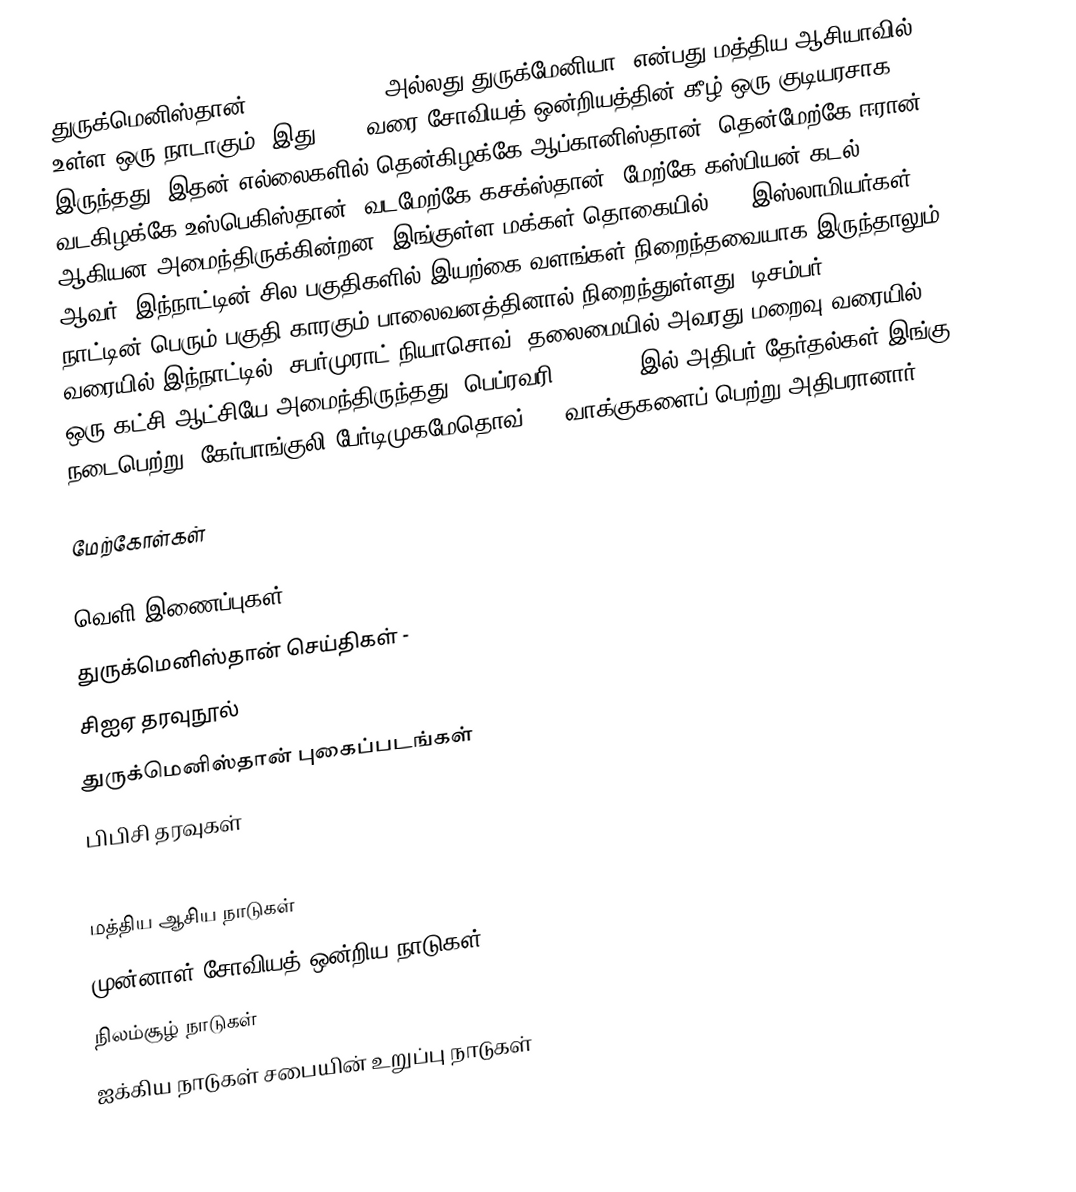
துருக்மெனிஸ்தான் (Turkmenistan) அல்லது துருக்மேனியா) என்பது மத்திய ஆசியாவில் உள்ள ஒரு நாடாகும். இது 1991 வரை சோவியத் ஒன்றியத்தின் கீழ் ஒரு குடியரசாக இருந்தது. இதன் எல்லைகளில் தென்கிழக்கே ஆப்கானிஸ்தான், தென்மேற்கே ஈரான், வடகிழக்கே உஸ்பெகிஸ்தான், வடமேற்கே கசக்ஸ்தான், மேற்கே கஸ்பியன் கடல் ஆகியன அமைந்திருக்கின்றன. இங்குள்ள மக்கள் தொகையில்  87% இஸ்லாமியர்கள் ஆவர். இந்நாட்டின் சில பகுதிகளில் இயற்கை வளங்கள் நிறைந்தவையாக இருந்தாலும், நாட்டின் பெரும் பகுதி காரகும் பாலைவனத்தினால் நிறைந்துள்ளது. டிசம்பர் 21, 2006 வரையில் இந்நாட்டில் "சபர்முராட் நியாசொவ்" தலைமையில் அவரது மறைவு வரையில் ஒரு-கட்சி ஆட்சியே அமைந்திருந்தது. பெப்ரவரி 11, 2007 இல் அதிபர் தேர்தல்கள் இங்கு நடைபெற்று, கேர்பாங்குலி பேர்டிமுகமேதொவ் 89% வாக்குகளைப் பெற்று அதிபரானார்.

மேற்கோள்கள்

வெளி இணைப்புகள்
 துருக்மெனிஸ்தான் செய்திகள் -
 சிஐஏ தரவுநூல்
 துருக்மெனிஸ்தான் புகைப்படங்கள்
 பிபிசி தரவுகள்

மத்திய ஆசிய நாடுகள்
முன்னாள் சோவியத் ஒன்றிய நாடுகள்
நிலம்சூழ் நாடுகள்
ஐக்கிய நாடுகள் சபையின் உறுப்பு நாடுகள்